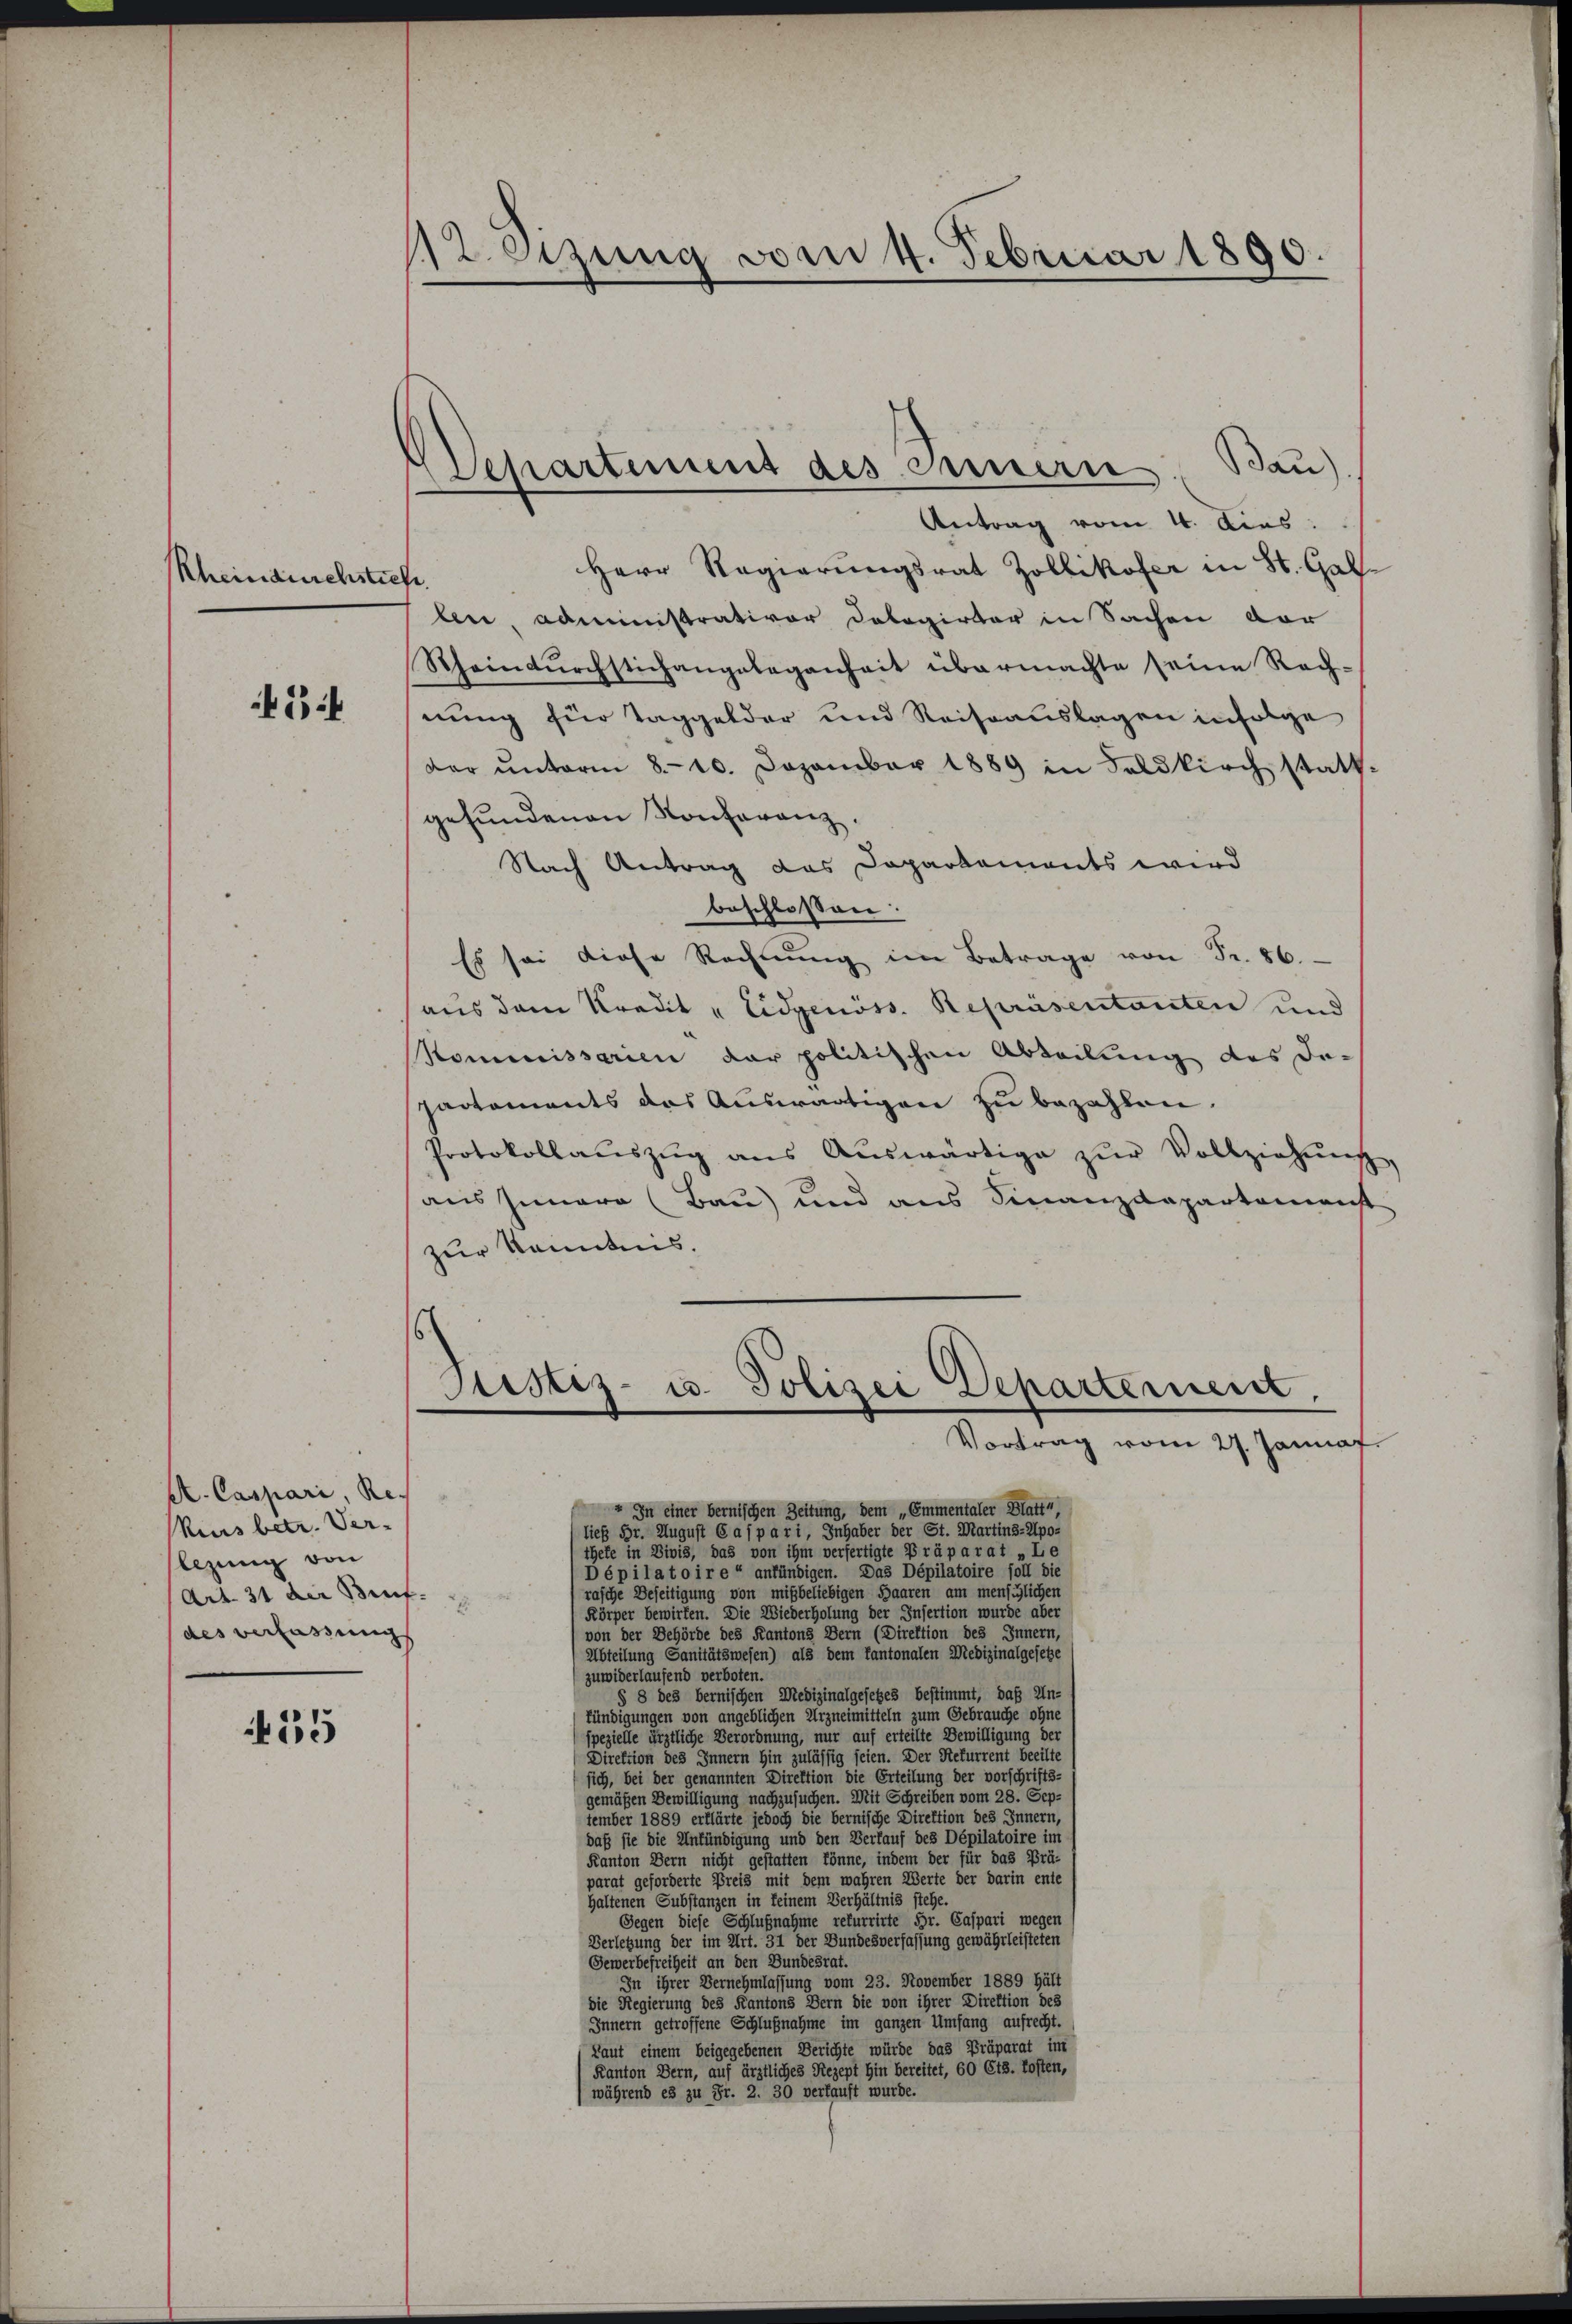
Rheindurchstiche

2

A. Caspari, Re
Kius betr. Ver-
lizung von
(Art. 31 der Bief.
des verfassung

55

2 eizung vom 4. Februar 1890.

Departement des Innern Bau)

Antrag vom 4. dies
Herr Regierungsrat Zollikofer in St. Gal
len, administrativer Dologirter in Sachen vor
Rheindŭrchstichangelegenheit übermachte seine Rach-
nung für Taggelder und Reiseauslagen infolge
dar ŭnterm 8.10. Dezember 1889 in Soldkirch statt-
gefundenen Konferenz.
Nach Antrag das Dapartaments wird
beschloßen:
Es sei diese Rechnŭng im Betrage von Fr. 86.
aus dem Kredit " Eidgenöss. Repräsentanten und
Kommissarien der politischen Abteilung des De-
partements das Auswärtigen zu bezahlen.
Protokollaŭszŭg aŭs Aŭswärtige zŭr Vollziehŭng
aus Innere (Bau) und aus Finanzdepartemenst
zur Kenntnis.
Stistes- u. Polizei Departement,
Vortrag vom 27. Jannat
" In einer bernischen Zeitung, dem „Emmentaler Blatt“,
(ließ Hr. August 6 a/pari, Inhaber der St. Martins-Apo-
thele in Divis, das von ihm verfertigte Präparat „Le
Dépilatoire“ anfündigen. Das Dépilatoire soll die
rasche Beseitigung von mißbeliebigen Baaren am mensiglichen
Körper bewirken. Die Wiederholung der Insection wurde aber
von der Behörde des Kantons Bern (Direktion des Innern,
Abteilung Sanitätswesen) als dem Cantonalen Medizinalgesetze
zuwiderlaufend verboten.
§ 8 des bernischen Medizinalgesetzes bestimmt, daß Un-
fündigungen von angeblichen Urzneimitteln zum Gebrauche ohne
spezielle ärztliche Verordnung, nur auf erteilte Bewilligung der
Direktion des Innern hin zulässig seien. Der Refurrent beeilte
sich, bei der genannten Direktion die Erteilung der vorschrifts-
gemäßen Bewilligung nachzusuchen. Mit Schreiben vom 28. Sep-
tember 1889 erklärte jedoch die bernische Direktion des Innern,
daß sie die Anfündigung und den Verlauf des Dépilatoire im
Kanton Bern nicht gestatten könne, indem der für das Prä-
parat geforderte Preis mit dem wahren Werte der darin ente
haltenen Substanzen in keinem Verhältnis stehe.
Gegen diese Schlußnahme rekurrirte Sr. Caspari wegen
Verletzung der im Art. 31 der Bundesverfassung gewährleisteten
Gewerbefreiheit an den Bundesrat.
In ihrer Vernehmlassung vom 23. November 1889 hält
die Regierung des Kantons Bern die von ihrer Direktion des
Innern getroffene Schlußnahme im ganzen Umfang aufrecht.
Laut einem beigegebenen Berichte würde das Präparat im
Kanton Bern, auf ärztliches Rezept hin bereitet, 60 Cts. kosten,
(während es zu Fr. 2. 30 verkauft wurde.